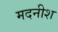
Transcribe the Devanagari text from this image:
मदनीश